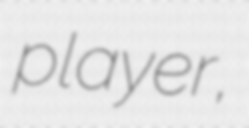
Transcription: player,